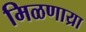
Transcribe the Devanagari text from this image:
मिळणाय्रा